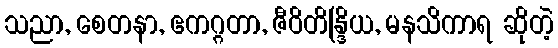
သညာ, စေတနာ, ဧကဂ္ဂတာ, ဇီဝိတိန္ဒြိယ, မနသိကာရ ဆိုတဲ့